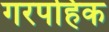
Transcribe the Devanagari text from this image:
गरपहिक